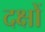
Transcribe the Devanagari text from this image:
दक्षों